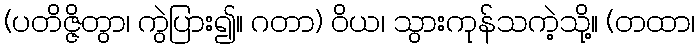
(ပတိဇ္ဇိတွာ၊ ကွဲပြား၍။ ဂတာ) ဝိယ၊ သွားကုန်သကဲ့သို့။ (တထာ၊